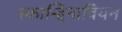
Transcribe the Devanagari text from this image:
स्कान्द्दिनावियन